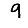
Digit: 9